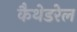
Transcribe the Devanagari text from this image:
कैथेडरेल